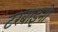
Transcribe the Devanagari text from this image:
टरबाइनो